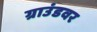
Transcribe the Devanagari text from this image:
ग्राउंडवर